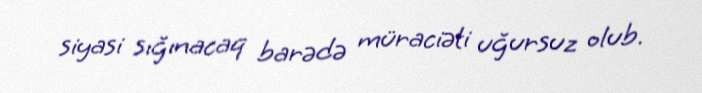
siyasi sığınacaq barədə müraciəti uğursuz olub.